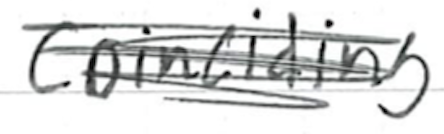
Text: coinciding
Cross-out: scratch
Writing tool: ballpoint